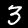
Digit: 3